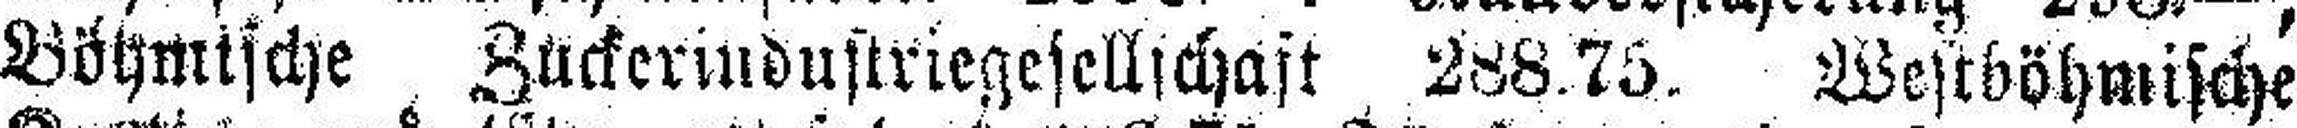
Böhmische Zückerindustriegesellschaft 288.75. Westböhmische